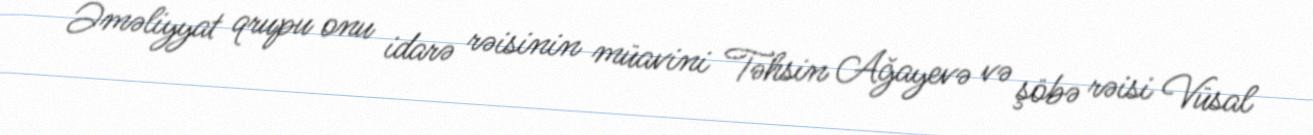
Əməliyyat qrupu onu idarə rəisinin müavini Təhsin Ağayevə və şöbə rəisi Vüsal